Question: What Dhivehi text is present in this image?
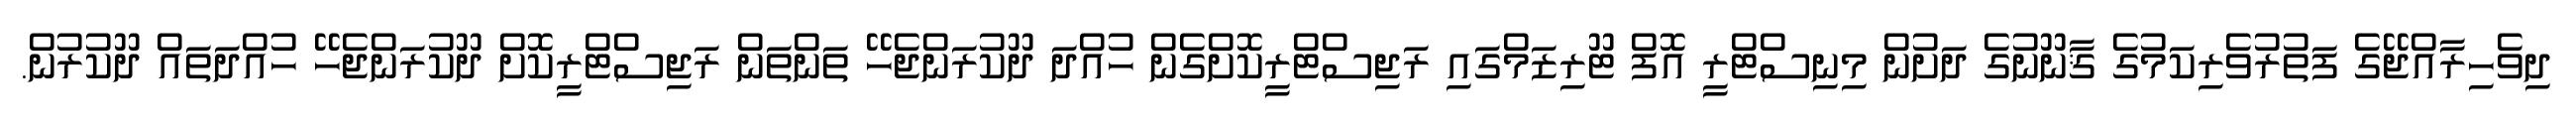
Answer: ދިވެހިރާއްޖޭގެ ފަތުރުވެރިކަމުގެ ޤާނޫނުގެ ދަށުން މިނިސްޓްރީ އޮފް ޓޫރިޒަމްގައި ރަޖިސްޓްރީކޮށްގެން ހުއްދަ ދޫކުރަންޖެހޭ ތަންތަން ރަޖިސްޓްރީކޮށް ދޫކުރަންޖެހޭ ހުއްދަތައް ދޫކުރުން.